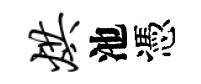
烘池憑